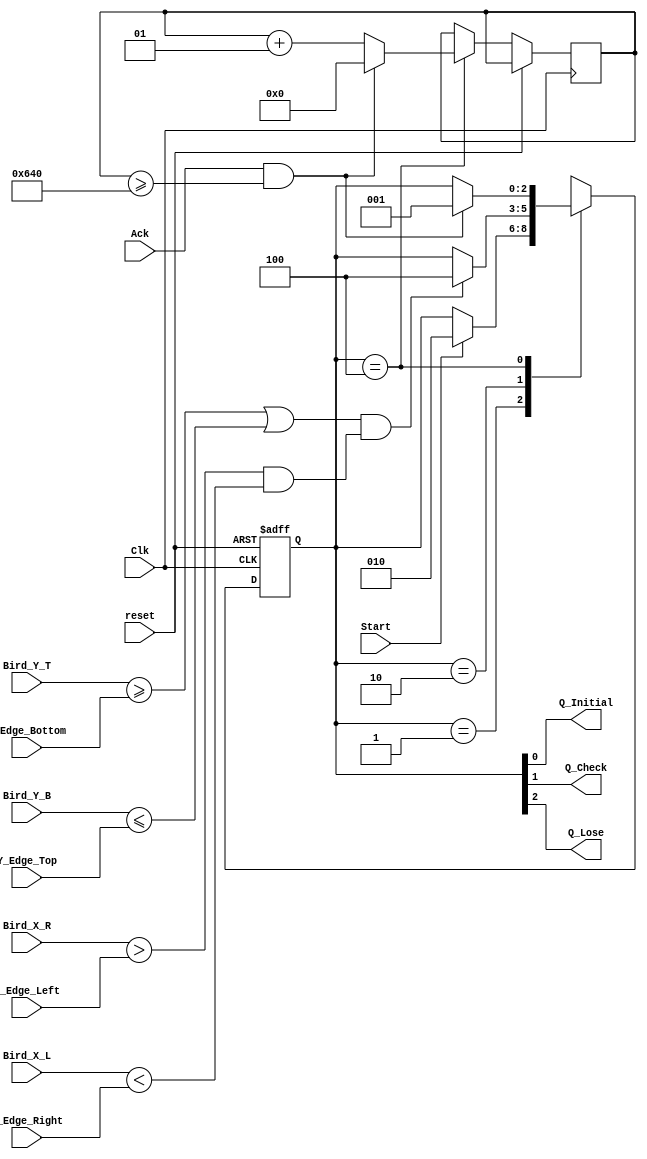
`timescale 1ns / 1ps
//////////////////////////////////////////////////////////////////////////////////
// Company: 
// Engineer: 
// 
// Design Name: 
// Module Name:    flappy 
// Project Name: 
// Target Devices: 
// Tool versions: 
// Description: 
//
// Dependencies: 
//
// Revision: 
// Revision 0.01 - File Created
// Additional Comments: 
//	Handles the logic of game states (whether flappy hits a pole).
//////////////////////////////////////////////////////////////////////////////////
module obstacle_logic(
	Clk,reset,
	Q_Initial,
	Q_Check,
	Q_Lose, 
	Start, Ack, 
	X_Edge_Left,
	X_Edge_Right,
	Y_Edge_Top,
	Y_Edge_Bottom,
	Bird_X_L, Bird_X_R, Bird_Y_T, Bird_Y_B
	);

// INPUTS //
input 	Clk, reset, Start, Ack;
input [9:0] Bird_X_L; // flappy's x
input [9:0] Bird_Y_T; // flappy's y
input [9:0] Bird_X_R; // flappy's x
input [9:0] Bird_Y_B; // flappy's y
input	[9:0] X_Edge_Left; // 10-bit x edge of current pipe (left edge)
input	[9:0] X_Edge_Right; // 10-bit x edge of current pipe (right edge)
input	[9:0] Y_Edge_Top; // 10 bit y edge of current pipe (top edge)
input	[9:0] Y_Edge_Bottom; // 10 bit y edge of current pipe (bottom edge)


// OUTPUTS //
output 	Q_Initial,
			Q_Check, Q_Lose;
				
reg 	Lose;		
reg	Check;	
reg 	Initial;
reg [2:0] state;

reg [9:0] t1;
reg [9:0] t2;
reg [9:0] t3;
reg [9:0] t4;


integer loseCounter;

//reg timer_out;
//reg [3:0] count;

assign {Q_Lose, Q_Check,
			Q_Initial } = state;

localparam
			QInitial = 3'b001,
			QCheck	= 3'b010,
			QLose 	= 3'b100,
			UNK		= 3'bXXX;
			
always @ (posedge Clk, posedge reset)
begin
	if(reset)
	begin
		state <= QInitial;
	end
	else
	
	begin
		case(state)
		
			QInitial:
			begin
				if(Start) // we're startin' folks
					state <= QCheck;
			end	
			
			QCheck:
			begin
			// if (Bird is below the bottom part of pipe OR above the top part of pipe
			//			AND Bird is inside of the pipe X-wise) Then the player loses
//				t1 = Y_Edge_Top + 10'd10;
	//			t2 = Y_Edge_Bottom - 10'd10;
		//		t3 = Bird_X_L - 10'd10;
			//	t4 = Bird_X_R + 10'd10;
				//if( (Bird_Y_T >= Y_Edge_Bottom || Bird_Y_B <= Y_Edge_Top)
				//	&& (Bird_X_L > X_Edge_Left && Bird_X_R < X_Edge_Right) )
				if( (Bird_Y_T >= Y_Edge_Bottom || Bird_Y_B <= Y_Edge_Top)
					&& (Bird_X_R > X_Edge_Left && Bird_X_L < X_Edge_Right) )
					begin
						state <= QLose;
					end
			end	
			
			QLose:
			begin
				loseCounter <= loseCounter+1;
				if(Ack && loseCounter>=1600)
					begin						
						state <= QInitial;
						loseCounter <= 0;
					end
			end

			default:
				state <= UNK;
		endcase
	end
end

// TODO work out how to keep score as the bird passes pipes. 
// Still need to work out logic to move from one pipe in scope to the next. That logic should go in the same place as the score so we know that when we increment the pipe,
// we should increment the score.

endmodule